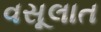
વસૂલાત